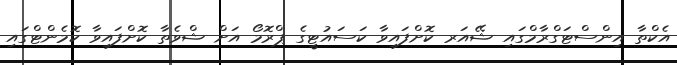
އެކްތާ އިންސްޓަގްރާމްގައި ޝޭއަރ ކޮށްފައިވާ ކަސައުޓީގެ ޕްރޮމޯ އަށް ޝްވެތާ ކޮށްފައިވާ ކޮމެންޓްގައި